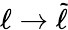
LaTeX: \ell\rightarrow\widetilde{\ell}